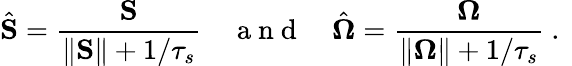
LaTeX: \hat{\mathbf{S}}=\frac{\mathbf{S}}{\| \mathbf{S}\| +1/\tau_{s}}\quad\mathrm{~a~n~d~}\quad\hat{\mathbf{\Omega}}=\frac{\mathbf{\Omega}}{\| \mathbf{\Omega}\| +1/\tau_{s}}\mathrm{~.~}